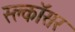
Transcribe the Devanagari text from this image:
स्क्लॉसर